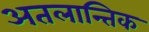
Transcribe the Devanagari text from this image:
अतलान्तिक